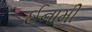
ઈનામી